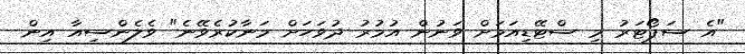
"އެ ސަޕޯޓަރު މި ސްޓޭޑިއަމަށް ވަނުން އުމުރު ދުވަހަށް މަނާކުރެވޭނެ" ވެލެންސިއާ އިން